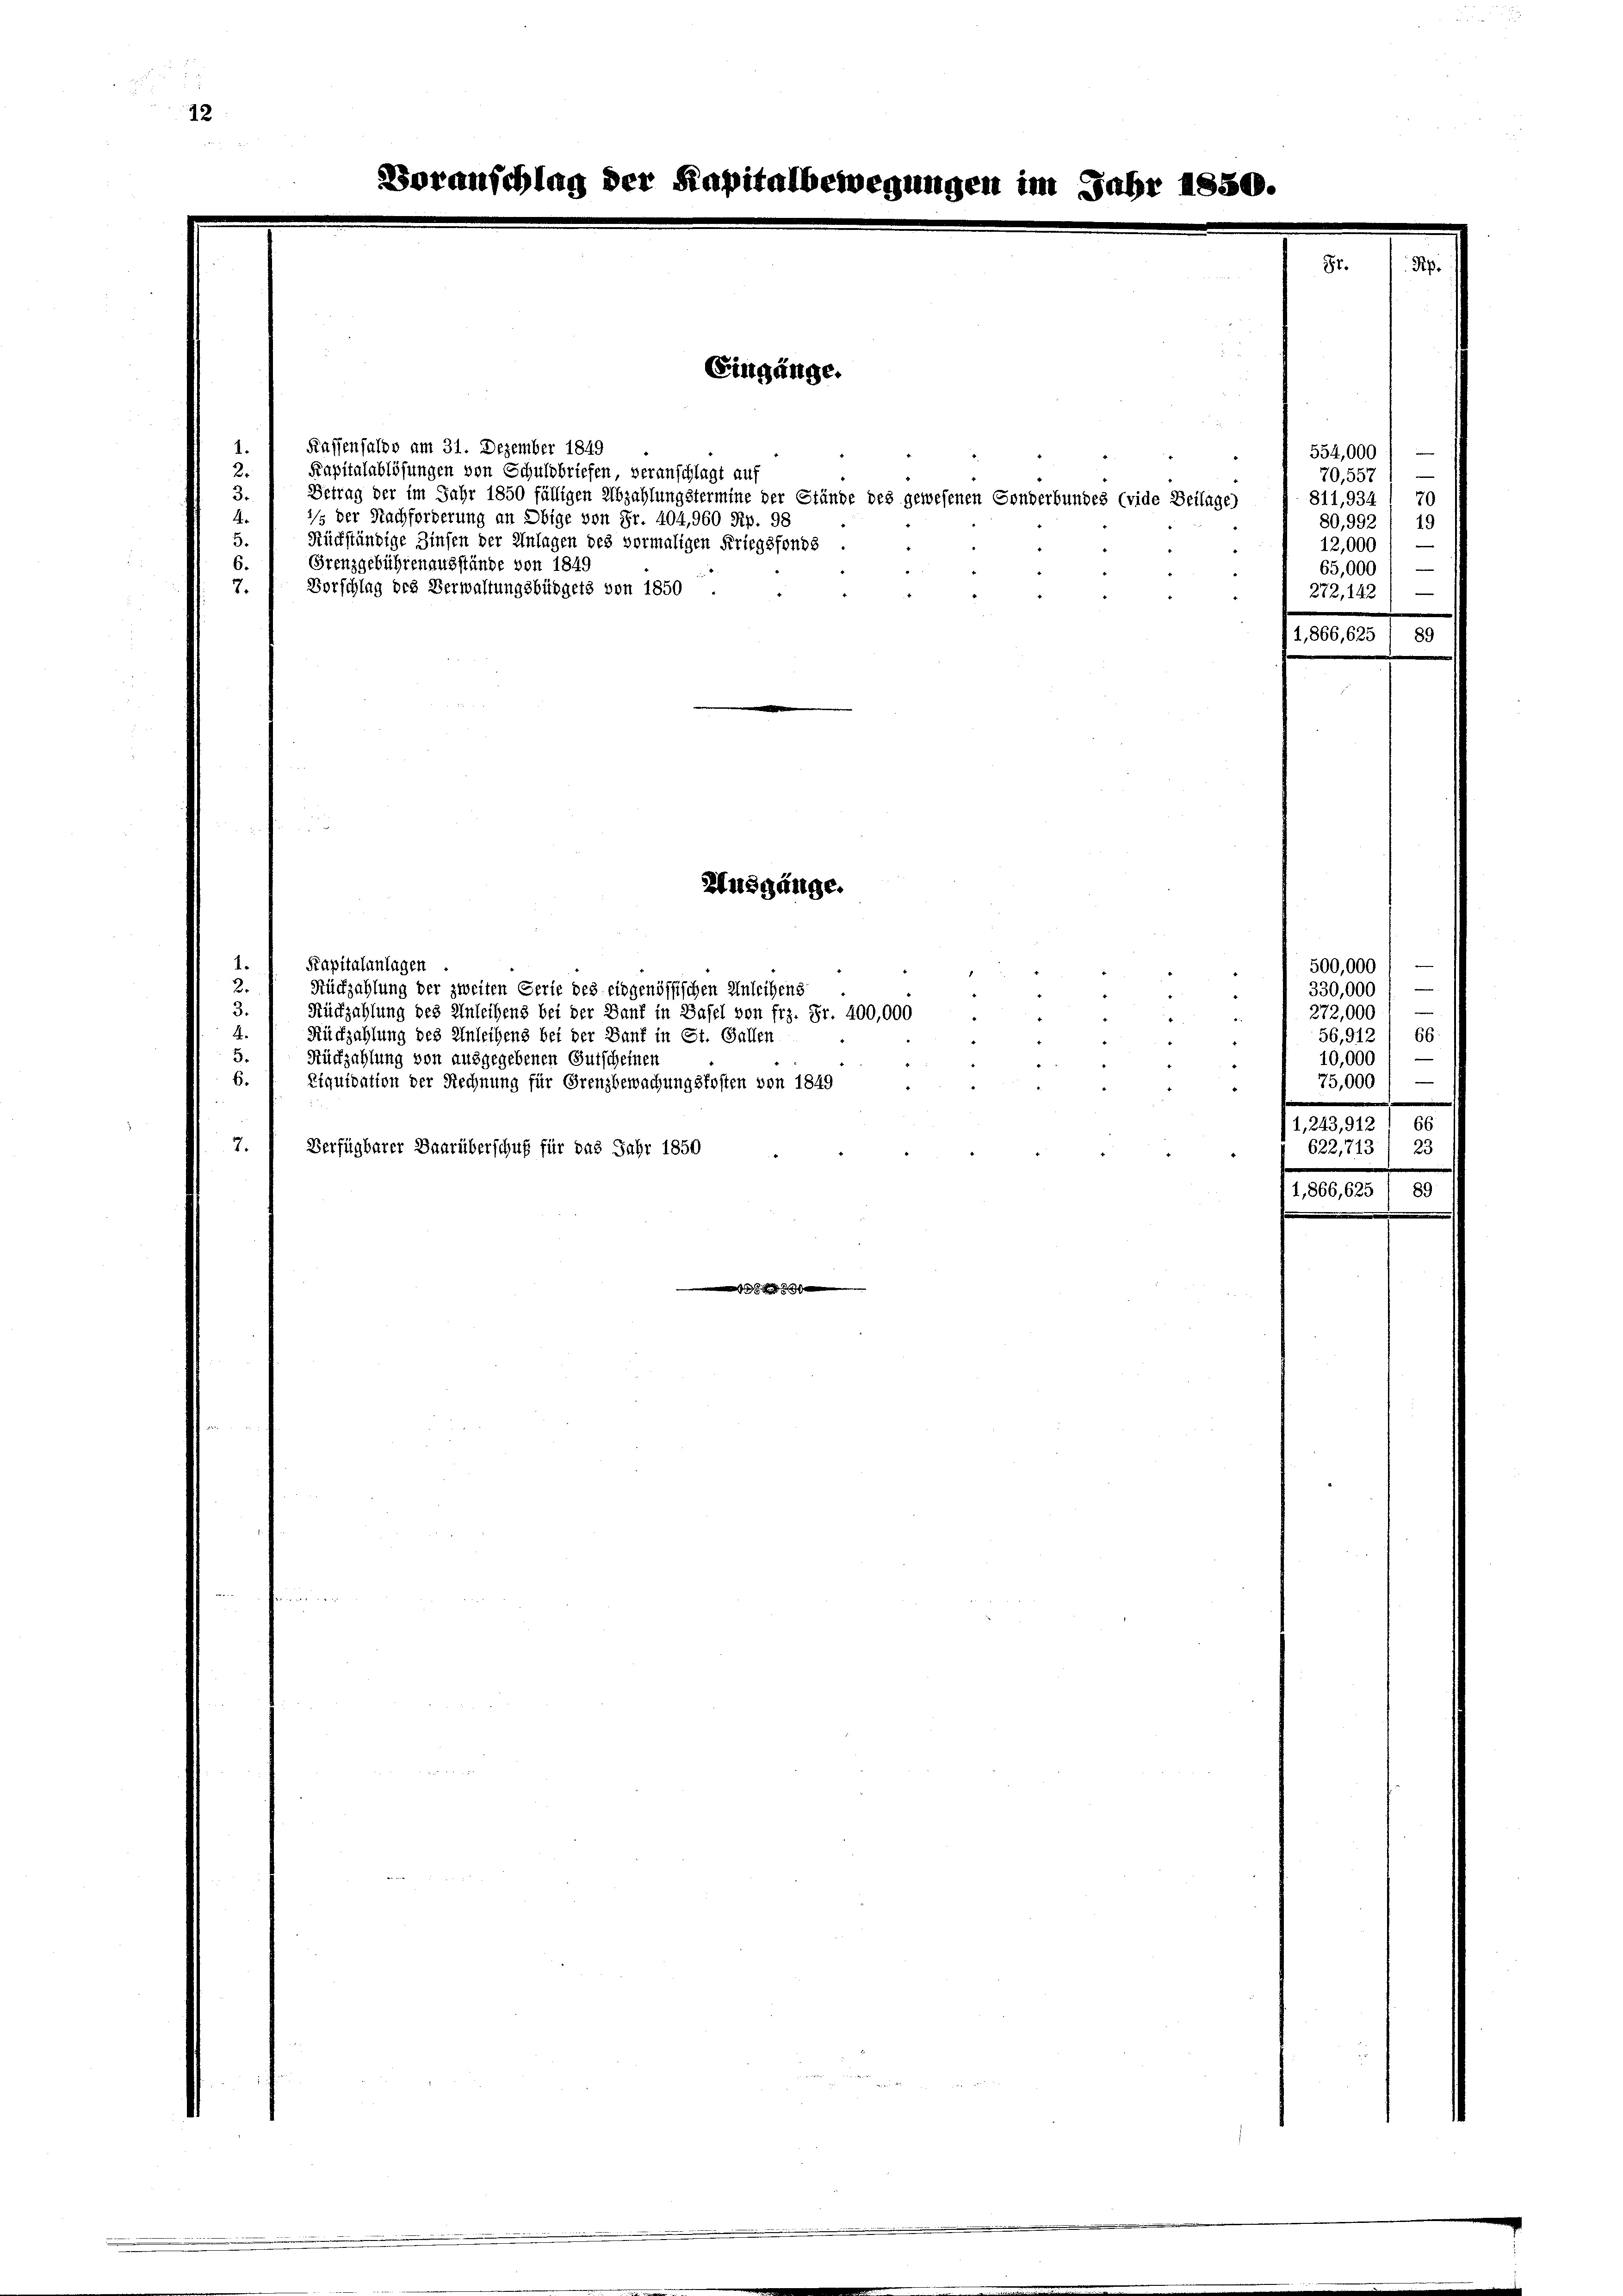
12

4

.

5.
6.

Kassenfalso am 31. Dezember 1849

Kapitalablösungen von Schuldbriefen, veranschlagt auf
’/s der Nachforderung an Obige von Fr. 404,960 Rp. 98
Rückständige Zinsen der Anlagen des vormaligen Kriegsfonds
Grenzgebührenausstände von 1849
Vorschlag des Verwaltungsbüdgets von 1850

Rückzahlung des Anleihens bei der Sanf in St. Gallen
Rückzahlung von ausgegebenen Gutscheinen
Liquidation der Rechnung für Grenzbewachungskosten von 1849
Verfügbarer Baarüberschuß für das Jahr 1850

Kapitalanlagen

Rückzahlung der zweiten Gerie des eidgenössischen Anleihens
Rückzahlung des Anleihens bei der Bank in Basel von frz. Fr. 400,000

der Kapitalbe

.
Betrag der im Jahr 1850 fälligen Abzahlungstermine der Stände des gewesenen Gonderbundes (vide Beilage)

Eingänge.

Ausgänge.

"

554,000) —
70,557
811,934 1 70
80,992) 19
12,000
—
65,000
272,142) —

500,000 f —

330,000
272,000)
56,912) 66.
10,000

75,000

1,243, 912